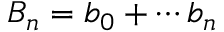
B _ { n } = b _ { 0 } + \cdots b _ { n }